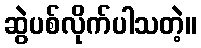
ဆွဲပစ်လိုက်ပါသတဲ့။